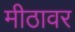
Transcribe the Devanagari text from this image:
मीठावर